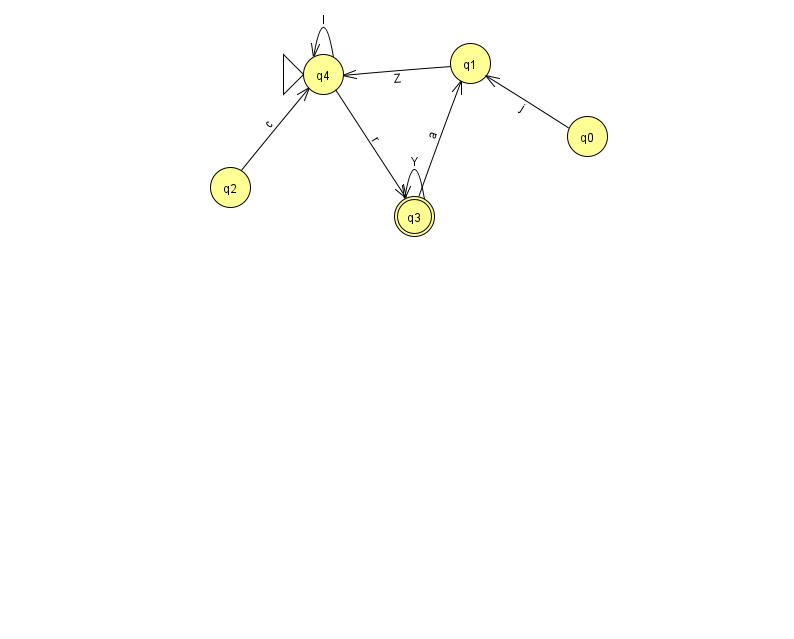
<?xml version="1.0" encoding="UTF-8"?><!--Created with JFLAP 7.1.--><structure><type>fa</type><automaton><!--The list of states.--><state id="0" name="q0"><x>587.0</x><y>123.0</y></state><state id="1" name="q1"><x>470.0</x><y>50.0</y></state><state id="2" name="q2"><x>230.0</x><y>174.0</y></state><state id="3" name="q3"><x>414.0</x><y>203.0</y><final/></state><state id="4" name="q4"><x>323.0</x><y>61.0</y><initial/></state><!--The list of transitions.--><transition><from>3</from><to>1</to><read>a</read></transition><transition><from>1</from><to>4</to><read>Z</read></transition><transition><from>0</from><to>1</to><read>j</read></transition><transition><from>3</from><to>3</to><read>Y</read></transition><transition><from>4</from><to>4</to><read>I</read></transition><transition><from>4</from><to>3</to><read>r</read></transition><transition><from>2</from><to>4</to><read>c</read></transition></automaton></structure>